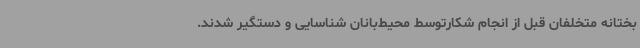
بختانه متخلفان قبل از انجام شکارتوسط محیط‌بانان شناسایی و دستگیر شدند.